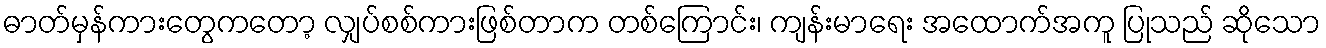
ဓာတ်မှန်ကားတွေကတော့ လျှပ်စစ်ကားဖြစ်တာက တစ်ကြောင်း၊ ကျန်းမာရေး အထောက်အကူ ပြုသည် ဆိုသော